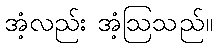
အံ့လည်း အံ့ဩသည်။